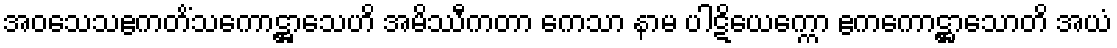
အဝသေသဧကတိံသကောဋ္ဌာသေဟိ အမိဿီကတာ ကေသာ နာမ ပါဋိယေက္ကော ဧကကောဋ္ဌာသောတိ အယံ